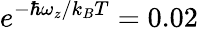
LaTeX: e^{-\hbar\omega_{z}/k_{B}T}=0.02